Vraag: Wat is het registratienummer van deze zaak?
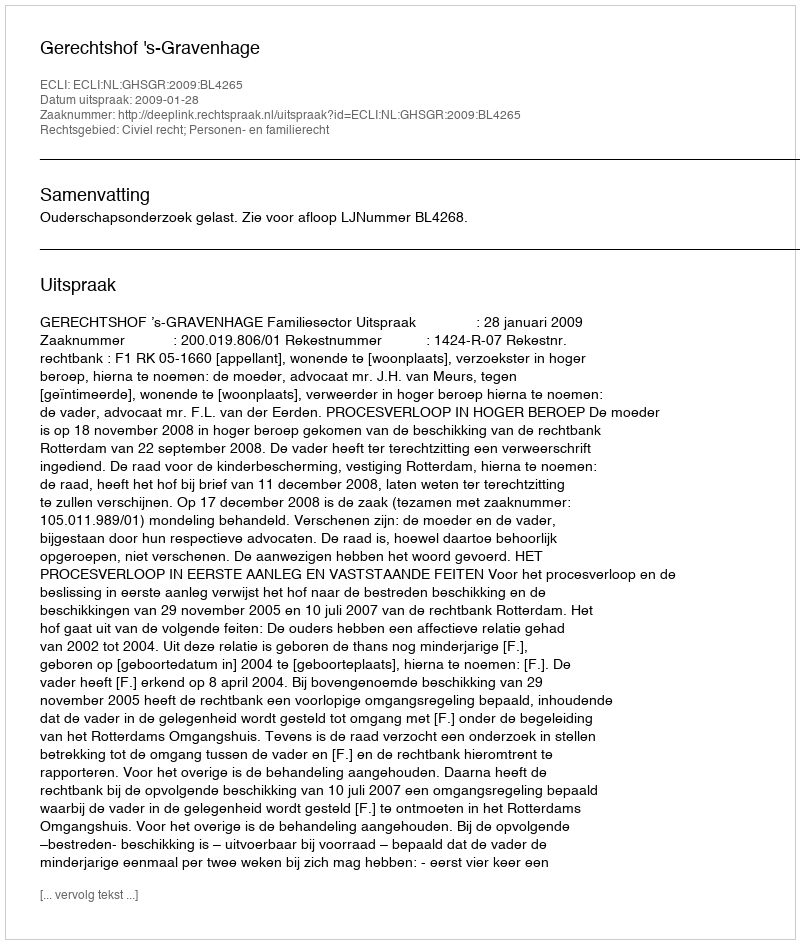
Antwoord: http://deeplink.rechtspraak.nl/uitspraak?id=ECLI:NL:GHSGR:2009:BL4265